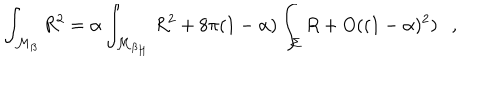
\int _ { { \cal M } _ { \beta } } R ^ { 2 } = \alpha \int _ { { \cal M } _ { \beta _ { H } } } R ^ { 2 } + 8 \pi ( 1 - \alpha ) \int _ { \Sigma } R + O ( ( 1 - \alpha ) ^ { 2 } ) ,